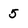
Character: 5